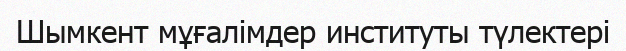
Шымкент мұғалімдер институты түлектері